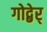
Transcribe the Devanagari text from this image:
गोद्बेर्